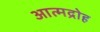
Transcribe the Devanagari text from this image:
आत्मद्रोह